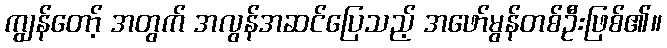
ကျွန်တော့် အတွက် အလွန်အဆင်ပြေသည့် အဖော်မွန်တစ်ဦးဖြစ်၏။